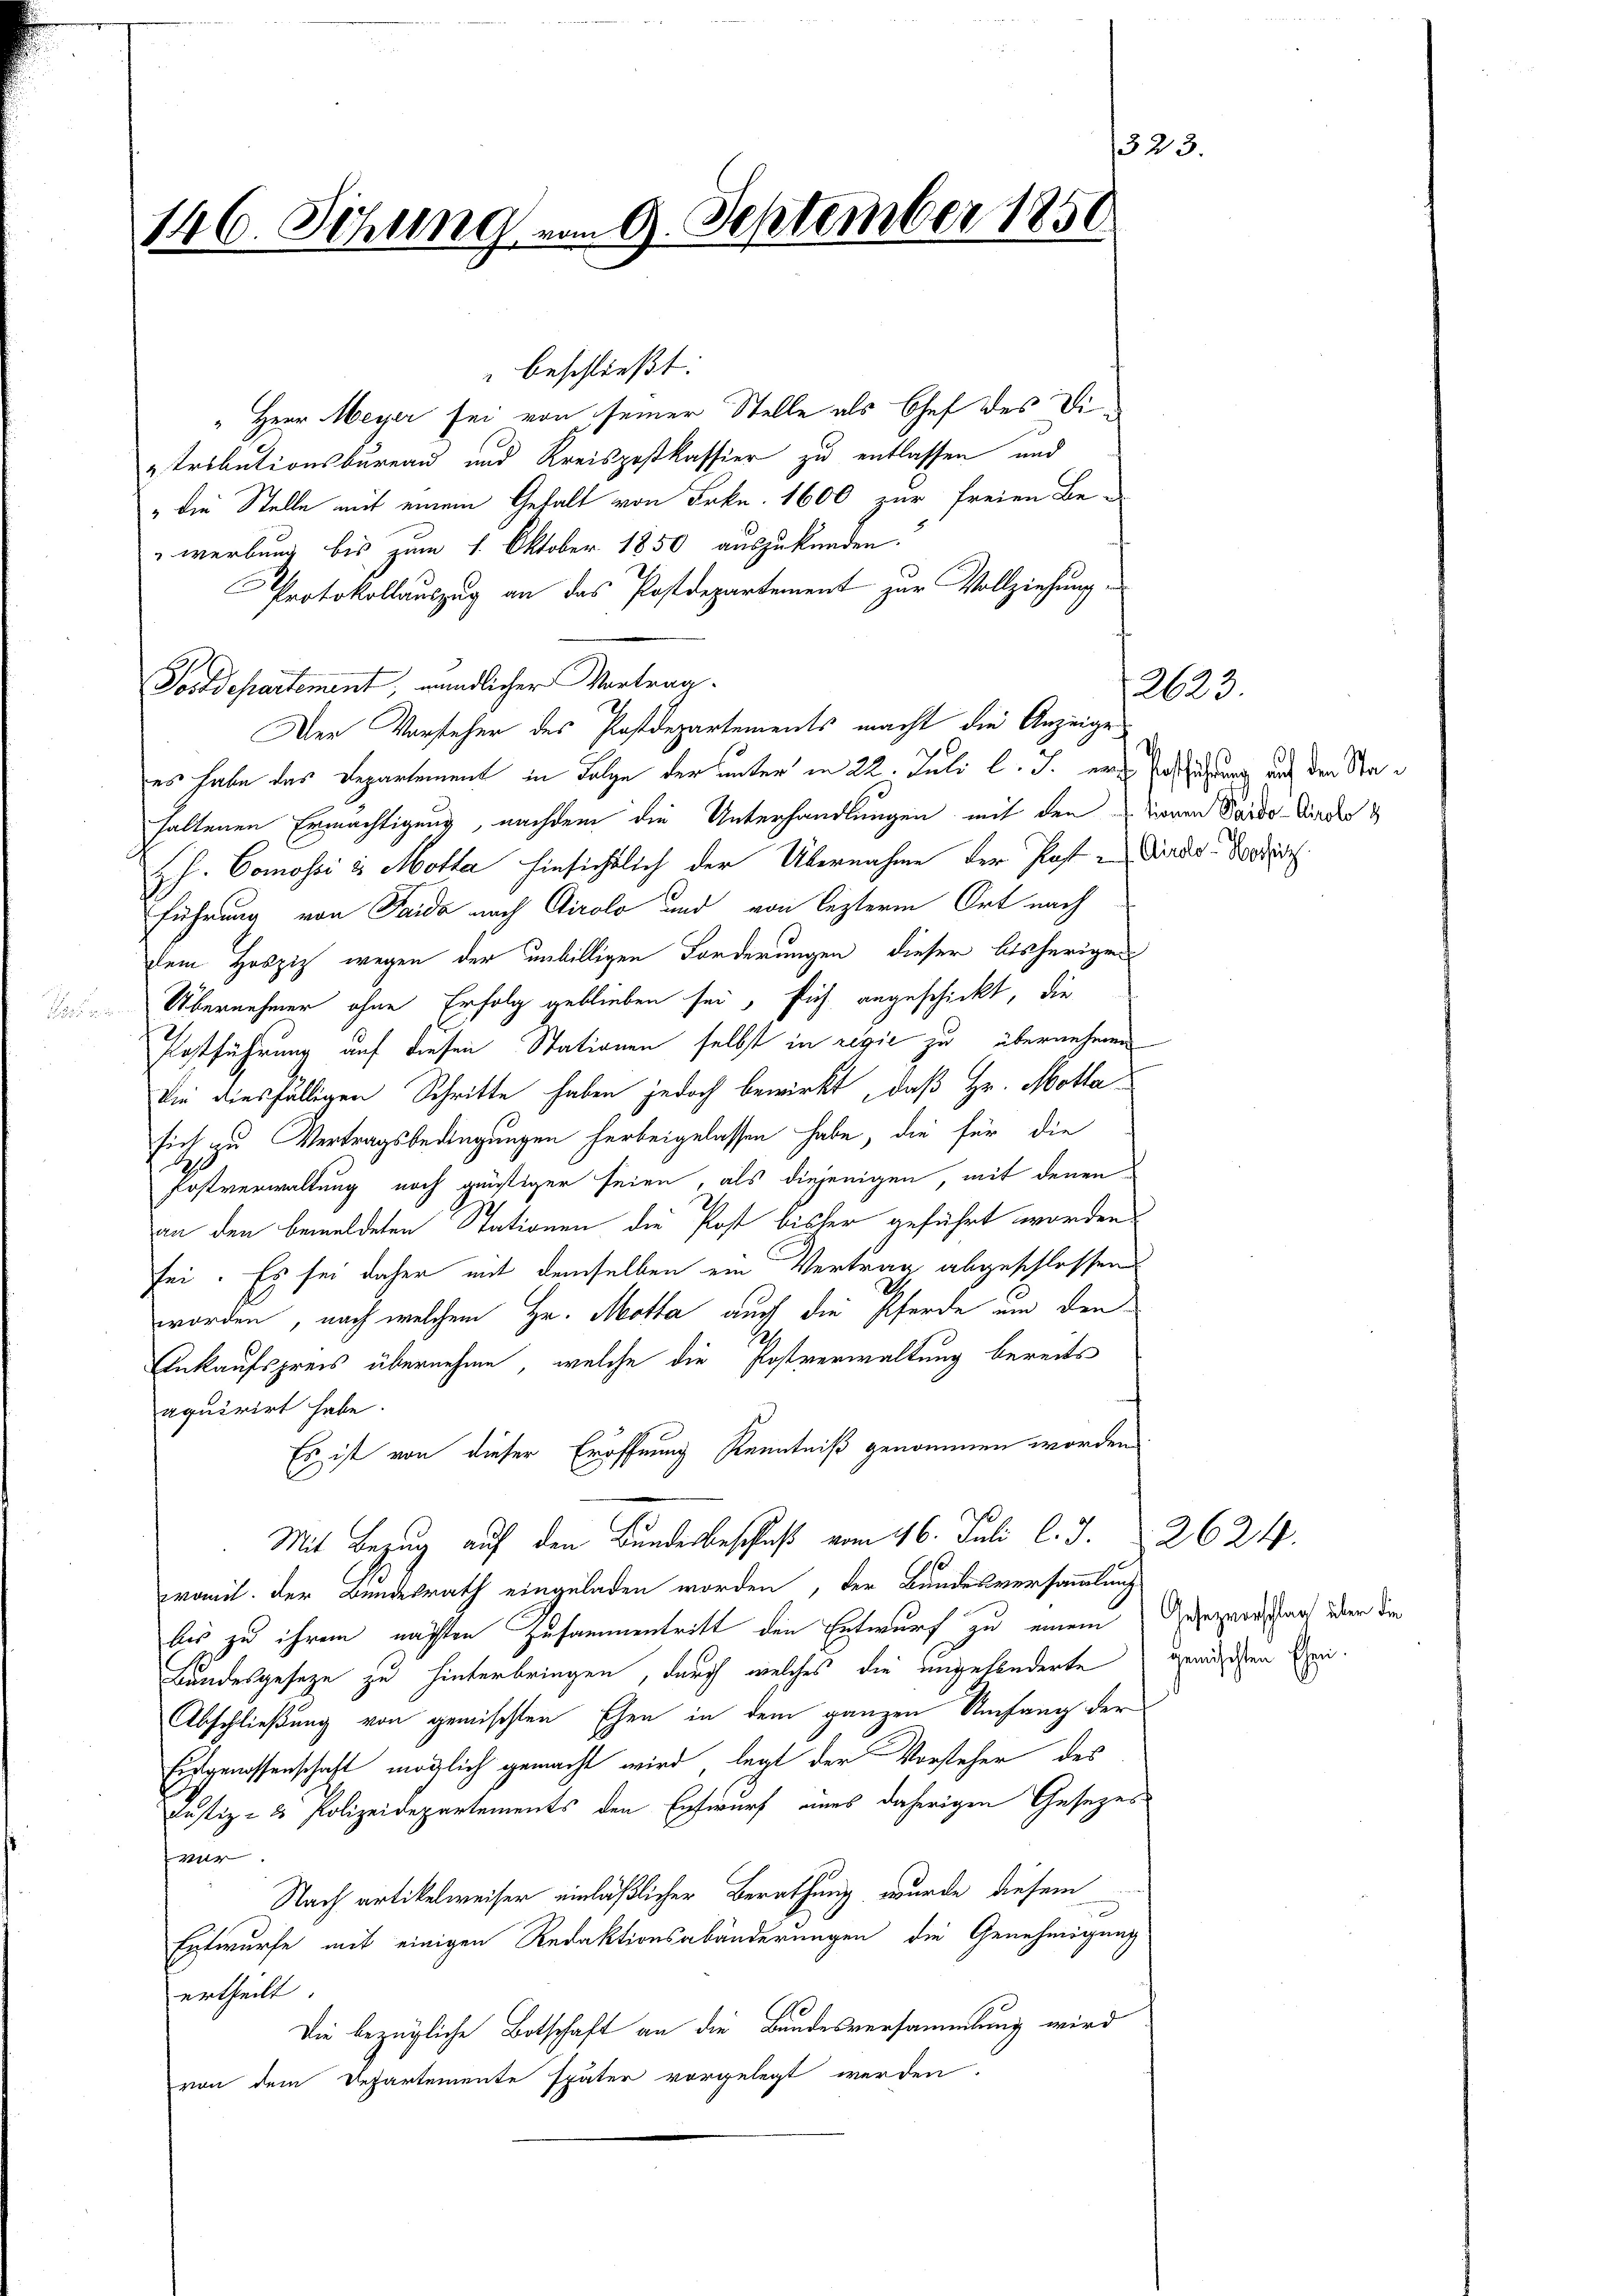
1323
146. Sitzung vom 9. September 1850.

" beschließt:
" Herr Meyer sei von seiner Stelle als Chef des Ditributionsbureau und Kreispostkassier zu entlassen und
" die Stelle mit einem Gehalt von Frkn. 1600 zur freien Be-
werbung bis zum 1. Oktober 1850 auszukünden.
Protokollauszug an das Postdepartement zur Vollziehung¬
Postdepartement, mündlicher Vortrag.
Den Vorsteher des Postdepartements macht die Anzeige
es habe das Departement in Folge der unter in 22. Juli l. J. nach Erstützung auf den Stahaltenen Ermächtigung, nachdem die Unterhandlungen mit den Tieren Pardo-Kinder d
Jh. Comossi in Motter hinsichtlich der Übernahme der Paten Kinder Vorsch
führung von Taida nach Airolo und von lezterm Ort nach
dem Hosziz wegen der unbilligen Forderungen dieser bisherigen
Übernehmer ohne Erfolg geblieben sei, sich angeschickt, die
Postführung auf diesen Stationen selbst in rević zu übernehmen
Die diesfälligen Schritte haben jedoch bewirkt, daß Hr. Motta-
sich zu Vertragsbedingungen herbeigelassen habe, die für die
Fostverwaltung noch günstiger seien, als diejenigen, mit denen
an den bemeldeten Stationen die Post bisher geführt worden
sei. Es sei daher mit demselben ein Vertrag abgeschlossen
worden, nach welchem Hr. Motta auch die Pferde um den
Ankaufspreis übernehme, welche die Postverwaltung bereits
aquirirt habe.
Es ist von dieser Eröffnung Kenntniß genommen worden
Mit Bezug auf den Bundesbeschluß vom 16. Juli l. J. 2624.
womit der Bundesrath eingeladen worden, der Bundesversammlung
bis zu ihrem nächten Zusammentritt den Entwurf zu einem Dunzerstag über die
Landesgesetze zu hinterbringen, durch welches die eingefänderte
Abschließung von gemischten Ehen in dem ganzen Umfang der
Erstgenossenschaft möglich gemacht wird, legt der Vorsteher des
Justiz- & Polizeidepartements den Entwurf eines daherigen Gesezes
fwar
Nach artikelweiser einläßlicher Berathung wurde diesem
Entwurfe mit einigen Redaktionsabänderungen die Genehmigung
ertheilt.
Die bezügliche Botschaft an die Bundesversammlung wird
von dem Departemente später vorgelegt werden.

2623.

gemischten Ehren.